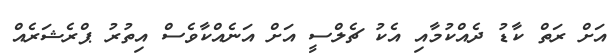
އަށް ރަތް ކާޑު ދެއްކުމާއި އެކު ޗެލްސީ އަށް އަނެއްކާވެސް އިތުރު ޕްރެޝަރެއް